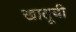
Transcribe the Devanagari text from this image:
खातूची